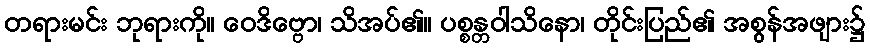
တရားမင်း ဘုရားကို။ ဝေဒိဗ္ဗော၊ သိအပ်၏။ ပစ္စန္တဝါသိနော၊ တိုင်းပြည်၏ အစွန်အဖျား၌